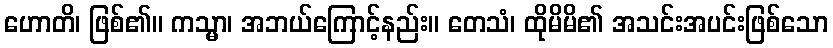
ဟောတိ၊ ဖြစ်၏။ ကသ္မာ၊ အဘယ်ကြောင့်နည်း။ တေသံ၊ ထိုမိမိ၏ အသင်းအပင်းဖြစ်သော